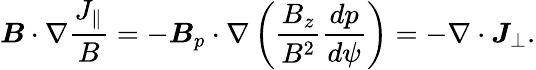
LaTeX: \boldsymbol{B}\cdot\nabla\frac{J_{\parallel}}{B}=-\boldsymbol{B}_{p}\cdot\nabla\left(\frac{B_{z}}{B^{2}}\frac{dp}{d\psi}\right)=-\nabla\cdot\boldsymbol{J}_{\perp}.